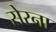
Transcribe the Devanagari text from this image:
सेरना